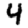
Digit: 4